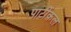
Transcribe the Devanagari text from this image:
पार्टीकल